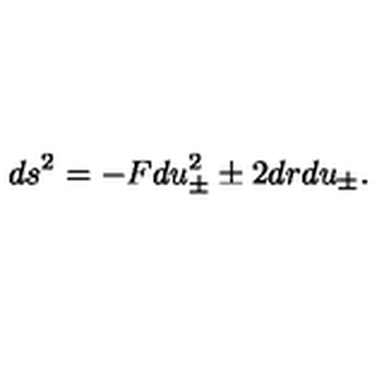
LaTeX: d s ^ { 2 } = - F d u _ { \pm } ^ { 2 } \pm 2 d r d u _ { \pm } .